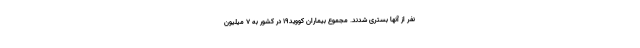
نفر از آنها بستری شدند. مجموع بیماران کووید۱۹ در کشور به ۷ میلیون